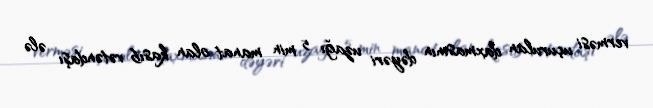
verməsi uçurulan daxmasının dəyəri uzağı 5 min manat olan kasıb vətəndaşı ələ